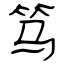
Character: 笃